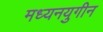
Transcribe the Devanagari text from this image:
मध्यनयुगीन